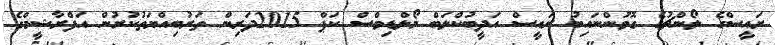
ރައީސްގެ ލޯންޗުގެ ގޮވުންނައިބު ރައީސް އަދީބުކްލަބް މޯލްޑިވްސް ކަޕް 2015ދަރިން ތަރުބިއްޔަތުކުރުން އަފްރާޝީމްގެ